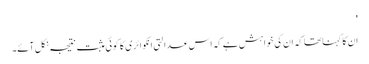
'
ان کا کہنا تھا کہ ان کی خواہش ہے کہ اس عدالتی انکوائری کا کوئی مثبت نتیجہ نکل آئے۔